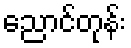
ညောင်တုန်း